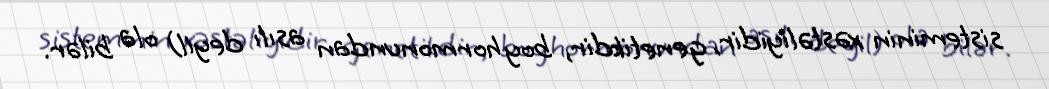
sisteminin xəstəliyidir, genetikdir, boy hormonundan asılı deyil) ola bilər.